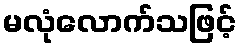
မလုံလောက်သဖြင့်